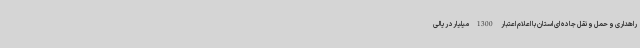
راهداری و حمل و نقل جاده ای استان با اعلام اعتبار 1300 میلیارد ریالی